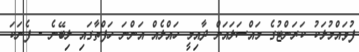
ފުވައްމުލަކު ކަރަންޓުގެ މައްސަލައަށް ދާއިމީ ހައްލެއް އަންނަ ހަފްތާގައި ލިބޭނެ - ފެނަކަ